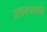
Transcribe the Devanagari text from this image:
प्रकल्पाकडे